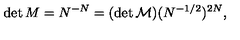
\det M = N ^ { - N } = ( \det { \cal M } ) ( N ^ { - 1 / 2 } ) ^ { 2 N } ,